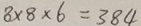
8 \times 8 \times 6 = 3 8 4